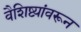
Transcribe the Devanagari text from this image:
वैशिष्ट्यांवरून